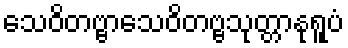
သေဝိတဗ္ဗာသေဝိတဗ္ဗသုတ္တာနုရူပံ